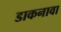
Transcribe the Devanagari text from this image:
डाकनावा